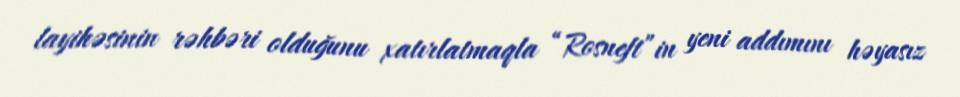
layihəsinin rəhbəri olduğunu xatırlatmaqla “Rosneft”in yeni addımını həyasız